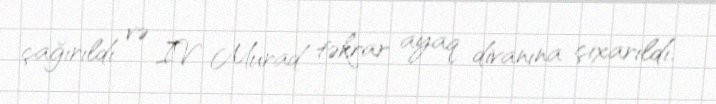
çağırıldı və IV Murad təkrar ayaq divanına çıxarıldı.